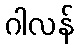
ဂါလန်